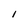
Character: i